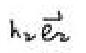
$h_{v}\vec{e}_{v}$